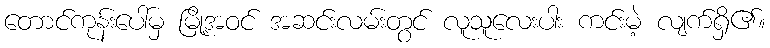
တောင်ကုန်းပေါ်မှ မြို့အဝင် အဆင်းလမ်းတွင် လူသူလေးပါး ကင်းမဲ့ လျက်ရှိ၏။